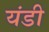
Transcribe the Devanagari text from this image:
यंडी